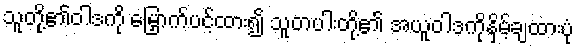
သူတို့၏ဝါဒကို မြှောက်ပင့်ထား၍ သူတပါးတို့၏ အယူဝါဒကိုနှိမ့်ချထားပုံ